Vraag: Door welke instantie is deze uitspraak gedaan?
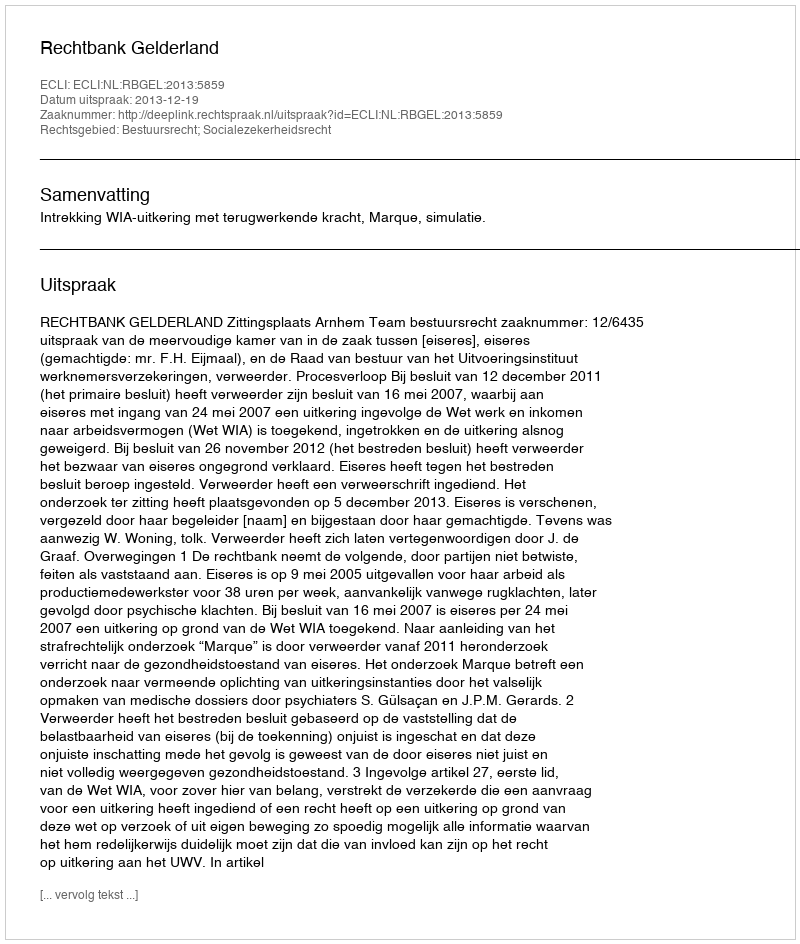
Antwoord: Rechtbank Gelderland